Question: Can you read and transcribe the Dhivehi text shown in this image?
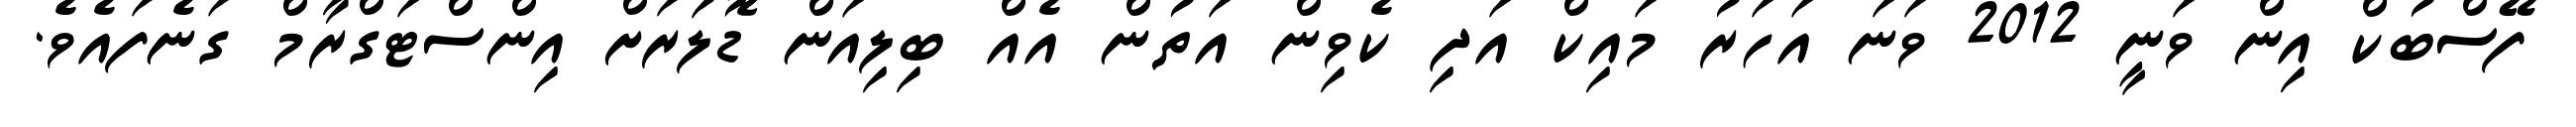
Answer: ފޭސްބުކް އިން ވަނީ 2012 ވަނަ އަހަރު މައިކް އަދި ކެވިން އަތުން އެއް ބިލިއަން ޑޮލަރަށް އިންސްޓަގްރާމް ގަނެފައެވެ.